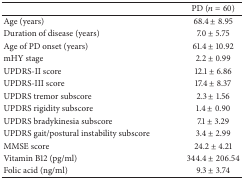
<table><thead><tr><td><b> </b></td><td><b>PD (<i>n</i> = 60)</b></td></tr></thead><tbody><tr><td>Age (years)</td><td>68.4 ± 8.95</td></tr><tr><td>Duration of disease (years)</td><td>7.0 ± 5.75</td></tr><tr><td>Age of PD onset (years)</td><td>61.4 ± 10.92</td></tr><tr><td>mHY stage</td><td>2.2 ± 0.99</td></tr><tr><td>UPDRS-II score</td><td>12.1 ± 6.86</td></tr><tr><td>UPDRS-III score</td><td>17.4 ± 8.37</td></tr><tr><td>UPDRS tremor subscore</td><td>2.3 ± 1.56</td></tr><tr><td>UPDRS rigidity subscore</td><td>1.4 ± 0.90</td></tr><tr><td>UPDRS bradykinesia subscore</td><td>7.1 ± 3.29</td></tr><tr><td>UPDRS gait/postural instability subscore</td><td>3.4 ± 2.99</td></tr><tr><td>MMSE score</td><td>24.2 ± 4.21</td></tr><tr><td>Vitamin B12 (pg/ml)</td><td>344.4 ± 206.54</td></tr><tr><td>Folic acid (ng/ml)</td><td>9.3 ± 3.74</td></tr></tbody></table>